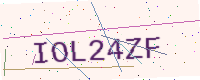
Text: IOL24ZF